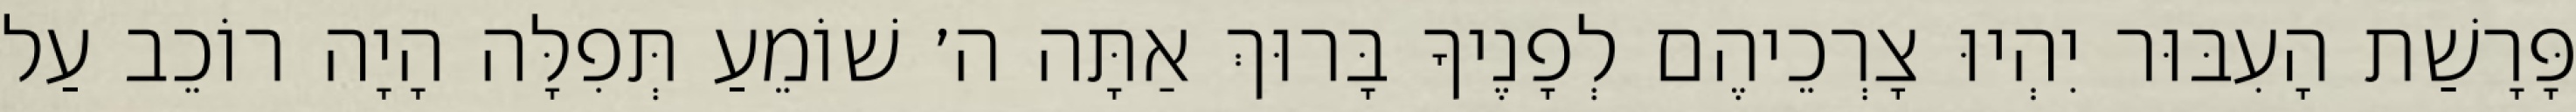
פָּרָשַׁת הָעִבּוּר יִהְיוּ צָרְכֵיהֶם לְפָנֶיךָ בָּרוּךְ אַתָּה ה׳ שׁוֹמֵעַ תְּפִלָּה הָיָה רוֹכֵב עַל